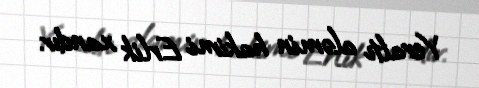
Yeraltı aləmin hakimi Erlik xandır.